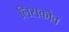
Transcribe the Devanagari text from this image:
लिसकोव